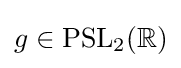
g\in \mathrm {PSL} _{2}(\mathbb {R} )